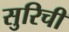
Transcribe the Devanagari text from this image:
सुरिची